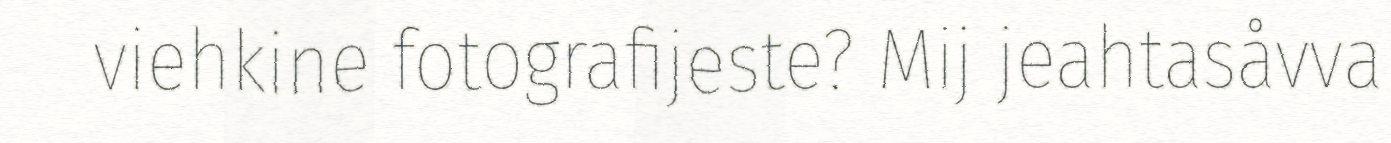
viehkine fotografijeste? Mij jeahtasåvva